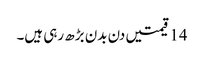
14 قیمتیں دن بدن بڑھ رہی ہیں۔